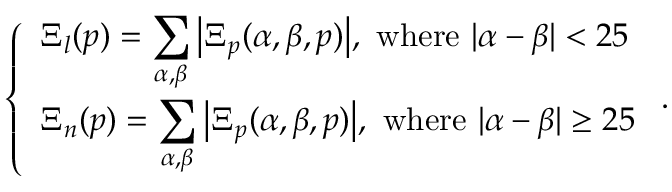
\left\{ \begin{array} { l l } { \Xi _ { l } ( p ) = \displaystyle \sum _ { \alpha , \beta } \big \vert \Xi _ { p } ( \alpha , \beta , p ) \big \vert , \mathrm { ~ w h e r e ~ } \vert \alpha - \beta \vert < 2 5 } \\ { \Xi _ { n } ( p ) = \displaystyle \sum _ { \alpha , \beta } \big \vert \Xi _ { p } ( \alpha , \beta , p ) \big \vert , \mathrm { ~ w h e r e ~ } \vert \alpha - \beta \vert \ge 2 5 } \end{array} \right. .